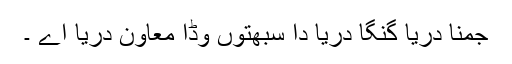
جمنا دریا گنگا دریا دا سبھتوں وڈا معاون دریا اے ۔